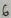
Text: 6